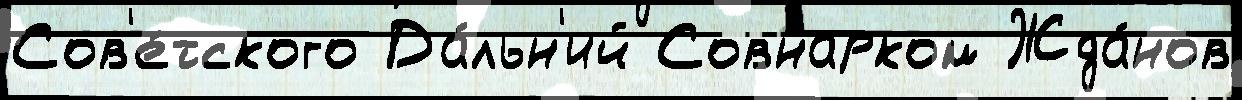
Сов'е́тского Да́льн'ий Совнарком Жда́нов